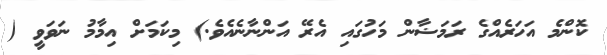
ކޮންމެ އަހަރެއްގެ ރަމަޟާން މަހުގައި އެރޭ އަންނާނެއެވެ.) މިކަމަށް އިމާމު ނަވަވީ (